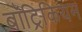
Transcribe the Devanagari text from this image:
बॉट्रिकियम